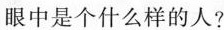
眼中是个什么样的人？